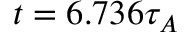
t = 6 . 7 3 6 \tau _ { A }